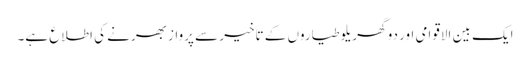
ایک بین الاقوامی اور دو گھریلو طیاروں کے تاخیر سے پرواز بھرنے کی اطلاع ہے۔